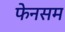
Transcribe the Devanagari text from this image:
फेनसम